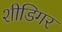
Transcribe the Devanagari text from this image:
शीडिगर